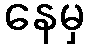
နေမှ